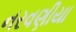
નરવણીયા